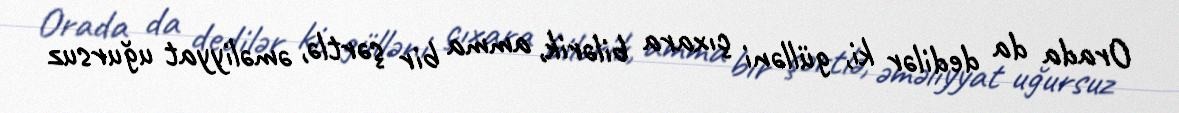
Orada da dedilər ki, gülləni çıxara bilərik, amma bir şərtlə, əməliyyat uğursuz